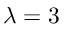
\lambda = 3